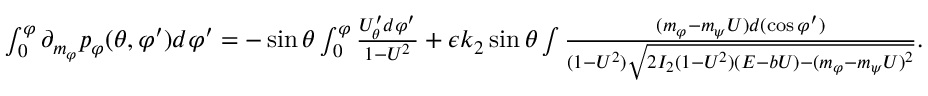
\begin{array} { r } { \int _ { 0 } ^ { \varphi } \partial _ { m _ { \varphi } } p _ { \varphi } ( \theta , \varphi ^ { \prime } ) d \varphi ^ { \prime } = - \sin \theta \int _ { 0 } ^ { \varphi } \frac { U _ { \theta } ^ { \prime } d \varphi ^ { \prime } } { 1 - U ^ { 2 } } + \epsilon k _ { 2 } \sin \theta \int \frac { ( m _ { \varphi } - m _ { \psi } U ) d ( \cos \varphi ^ { \prime } ) } { ( 1 - U ^ { 2 } ) \sqrt { 2 I _ { 2 } ( 1 - U ^ { 2 } ) ( E - b U ) - ( m _ { \varphi } - m _ { \psi } U ) ^ { 2 } } } . } \end{array}